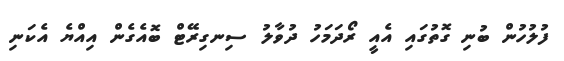
ފުލުހުން ބުނި ގޮތުގައި އެއީ ރޯދަމަހު ދުވާލު ސިނގިރޭޓް ބޮއެގެން އިއްޔެ އެކަނި